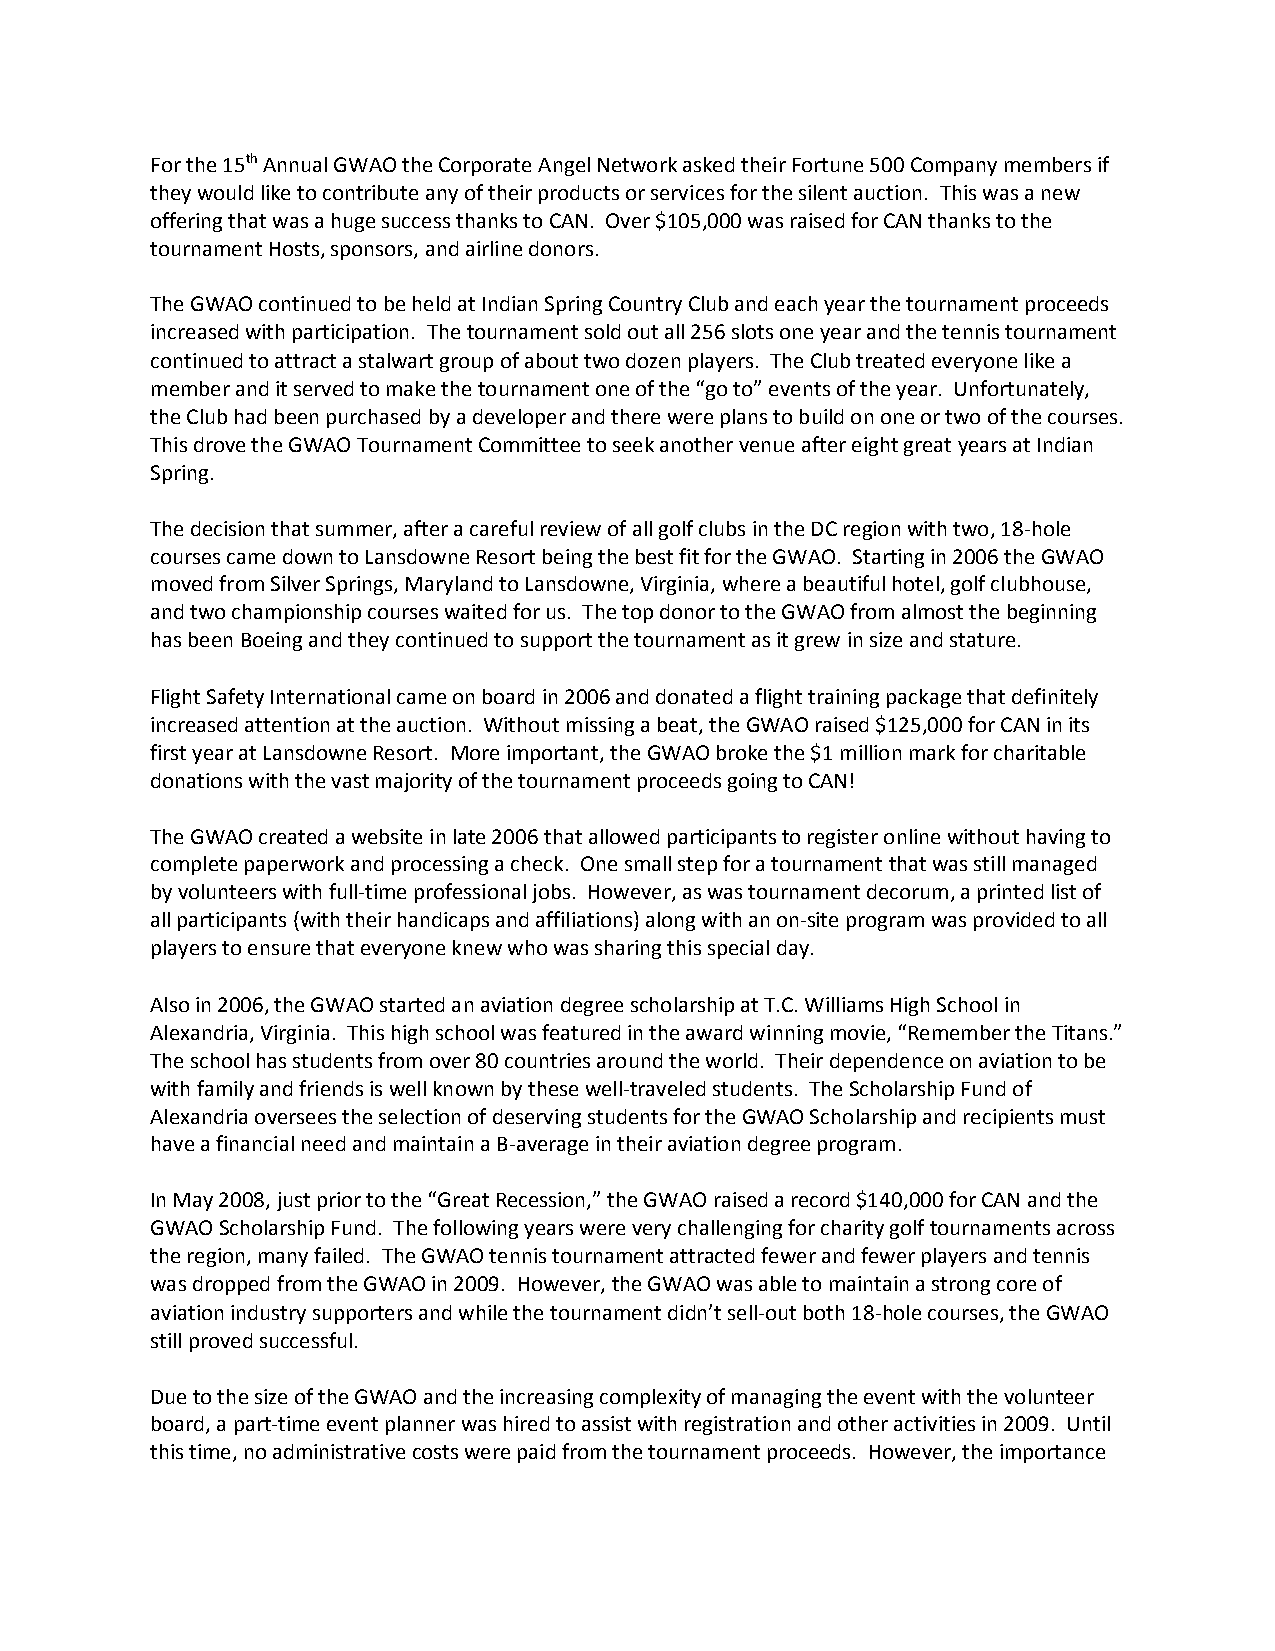
For the 15th Annual GWAO the Corporate Angel Network asked their Fortune 500 Company members if
 they would like to contribute any of their products or services for the silent auction. This was a new
 offering that was a huge success thanks to CAN. Over $105,000 was raised for CAN thanks to the
 tournament Hosts, sponsors, and airline donors.
 The GWAO continued to be held at Indian Spring Country Club and each year the tournament proceeds
 increased with participation. The tournament sold out all 256 slots one year and the tennis tournament
 continued to attract a stalwart group of about two dozen players. The Club treated everyone like a
 member and it served to make the tournament one of the “go to” events of the year. Unfortunately,
 the Club had been purchased by a developer and there were plans to build on one or two of the courses.
 This drove the GWAO Tournament Committee to seek another venue after eight great years at Indian
 Spring.
 The decision that summer, after a careful review of all golf clubs in the DC region with two, 18-hole
 courses came down to Lansdowne Resort being the best fit for the GWAO. Starting in 2006 the GWAO
 moved from Silver Springs, Maryland to Lansdowne, Virginia, where a beautiful hotel, golf clubhouse,
 and two championship courses waited for us. The top donor to the GWAO from almost the beginning
 has been Boeing and they continued to support the tournament as it grew in size and stature.
 Flight Safety International came on board in 2006 and donated a flight training package that definitely
 increased attention at the auction. Without missing a beat, the GWAO raised $125,000 for CAN in its
 first year at Lansdowne Resort. More important, the GWAO broke the $1 million mark for charitable
 donations with the vast majority of the tournament proceeds going to CAN!
 The GWAO created a website in late 2006 that allowed participants to register online without having to
 complete paperwork and processing a check. One small step for a tournament that was still managed
 by volunteers with full-time professional jobs. However, as was tournament decorum, a printed list of
 all participants (with their handicaps and affiliations) along with an on-site program was provided to all
 players to ensure that everyone knew who was sharing this special day.
 Also in 2006, the GWAO started an aviation degree scholarship at T.C. Williams High School in
 Alexandria, Virginia. This high school was featured in the award winning movie, “Remember the Titans.”
 The school has students from over 80 countries around the world. Their dependence on aviation to be
 with family and friends is well known by these well-traveled students. The Scholarship Fund of
 Alexandria oversees the selection of deserving students for the GWAO Scholarship and recipients must
 have a financial need and maintain a B-average in their aviation degree program.
 In May 2008, just prior to the “Great Recession,” the GWAO raised a record $140,000 for CAN and the
 GWAO Scholarship Fund. The following years were very challenging for charity golf tournaments across
 the region, many failed. The GWAO tennis tournament attracted fewer and fewer players and tennis
 was dropped from the GWAO in 2009. However, the GWAO was able to maintain a strong core of
 aviation industry supporters and while the tournament didn’t sell-out both 18-hole courses, the GWAO
 still proved successful.
 Due to the size of the GWAO and the increasing complexity of managing the event with the volunteer
 board, a part-time event planner was hired to assist with registration and other activities in 2009. Until
 this time, no administrative costs were paid from the tournament proceeds. However, the importance